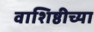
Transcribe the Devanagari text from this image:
वाशिष्ठीच्या